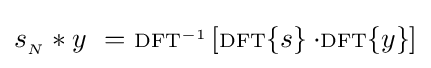
s_{_{N}}*y\ =\ \scriptstyle {\rm {DFT}}^{-1}\displaystyle \left[\scriptstyle {\rm {DFT}}\displaystyle \{s\}\cdot \scriptstyle {\rm {DFT}}\displaystyle \{y\}\right]